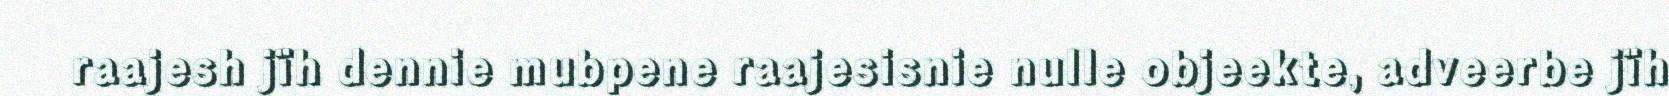
raajesh jïh dennie mubpene raajesisnie nulle objeekte, adveerbe jïh